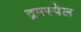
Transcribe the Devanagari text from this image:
द्रमस्पेल